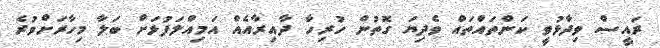
ރައީސް ވިދާޅުވީ ކަންތައްތައް ވެދިޔަ ގޮތުން ހުރިހާ ދާއިރާއެއް އަމިއްލަފުޅަށް ބަލާ މިހާރަށްވުރެ